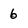
Character: 6